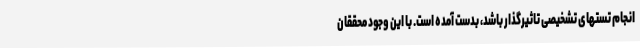
انجام تستهای تشخیصی تاثیرگذار باشد، بدست آمده است. با این وجود محققان